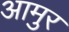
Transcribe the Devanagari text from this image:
आमुर